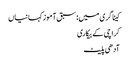
کیٹاگری میں : سبق آموز کہانیاں
کراچی کے بیکاری
آدھی پلیٹ